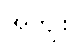
အကျိုး